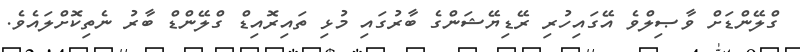
ގްލޭންޑަށް ވާޞިލްވެ އޭގައިހުރި ރޭޑިޔޭޝަންގެ ބާރުގައި މުޅި ތައިރޮއިޑް ގްލޭންޑް ބާރު ނެތިކޮށްލައެވެ.